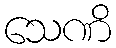
သေဏိ